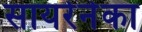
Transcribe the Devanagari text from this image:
सायरेनेका